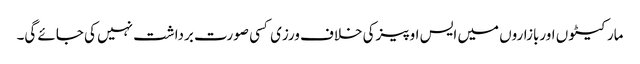
مارکیٹو ں اوربازاروں میں ایس او پیزکی خلاف ورزی کسی صورت برداشت نہیں کی جائے گی۔